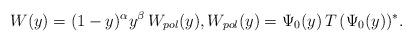
LaTeX: \begin{align*} W(y)=(1-y)^\alpha y^\beta\, W_{pol}(y), W_{pol}(y)= \Psi_0(y) \, T \,(\Psi_0(y))^*. \end{align*}